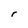
Character: r